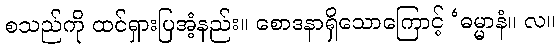
စသည်ကို ထင်ရှားပြအံ့နည်း။ စောဒနာရှိသောကြောင့် ‘ဓမ္မာနံ။ လ။